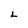
Character: L